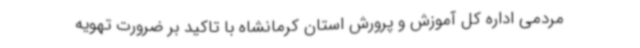
مردمی اداره کل آموزش و پرورش استان کرمانشاه با تاکید بر ضرورت تهویه